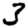
Digit: 3